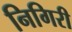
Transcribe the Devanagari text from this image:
निगिरी